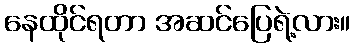
နေထိုင်ရတာ အဆင်ပြေရဲ့လား။